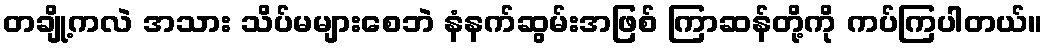
တချို့ကလဲ အသား သိပ်မများစေဘဲ နံနက်ဆွမ်းအဖြစ် ကြာဆန်တို့ကို ကပ်ကြပါတယ်။